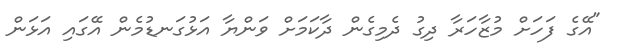
"އޭގެ ފަހަށް މުޒާހަރާ ދިގު ދެމިގެން ދާކަމަށް ވަންޔާ އަޅުގަނޑުމެން އޭގައި އަޅަން